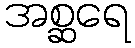
အစ္ဆရေ